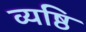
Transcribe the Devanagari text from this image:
व्यष्ठि